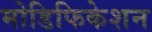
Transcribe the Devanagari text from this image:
मोडिफिकेशन